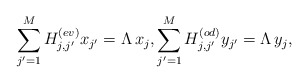
\begin{align*}\sum_{j'=1}^M H^{(ev)}_{j,j'}x_{j'}=\Lambda\, x_j, \sum_{j'=1}^M H^{(od)}_{j,j'}y_{j'}=\Lambda \,y_j,\end{align*}